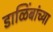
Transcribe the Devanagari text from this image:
डाळिंबांच्या